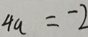
4 a = - 2